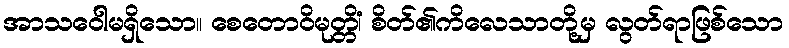
အာသဝေါမရှိသော။ စေတောဝိမုတ္တိံ၊ စိတ်၏ကိလေသာတို့မှ လွတ်ရာဖြစ်သော